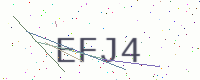
Text: EFJ4